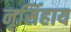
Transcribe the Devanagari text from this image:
नृसिंहाय